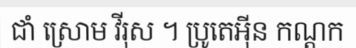
ជាំ ស្រោម វីរុស ។ ប្រូតេអ៊ីន កណ្តក